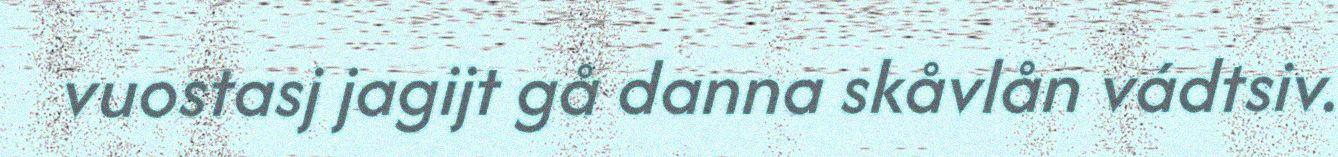
vuostasj jagijt gå danna skåvlån vádtsiv.